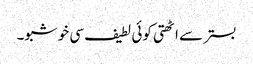
بستر سے اٹھتی کوئی لطیف سی خوشبو۔